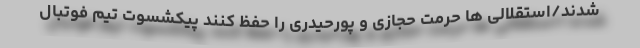
شدند/استقلالی ها حرمت حجازی و پورحیدری را حفظ کنند پیکشسوت تیم فوتبال